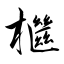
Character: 檵